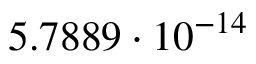
5 . 7 8 8 9 \cdot 1 0 ^ { - 1 4 }